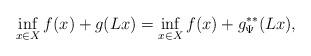
LaTeX: \begin{align*}\inf_{x\in X} f(x) + g(Lx) =\inf_{x\in X} f(x) + g^{**}_\Psi (Lx),\end{align*}